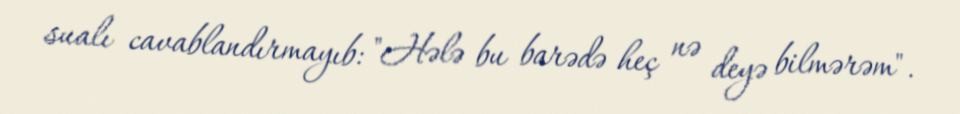
sualı cavablandırmayıb: "Hələ bu barədə heç nə deyə bilmərəm".